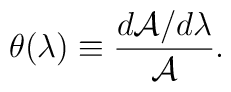
\theta(\lambda) \equiv \frac{d{\cal A}/d\lambda}{\cal A}.